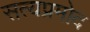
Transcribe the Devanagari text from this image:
सत्यप्रमोद